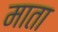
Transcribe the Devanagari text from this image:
माता